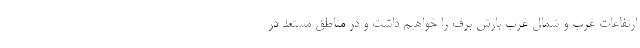
ارتفاعات غرب و شمال غرب بارش برف را خواهیم داشت و در مناطق مستعد در